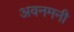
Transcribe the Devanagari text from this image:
अवनमनी